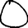
Digit: 0